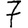
Digit: 7